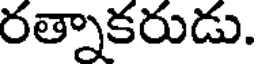
రత్నాకరుడు.